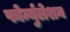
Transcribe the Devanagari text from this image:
फोर्म्युलेशन